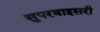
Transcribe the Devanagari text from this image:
सुपरवाइसरी